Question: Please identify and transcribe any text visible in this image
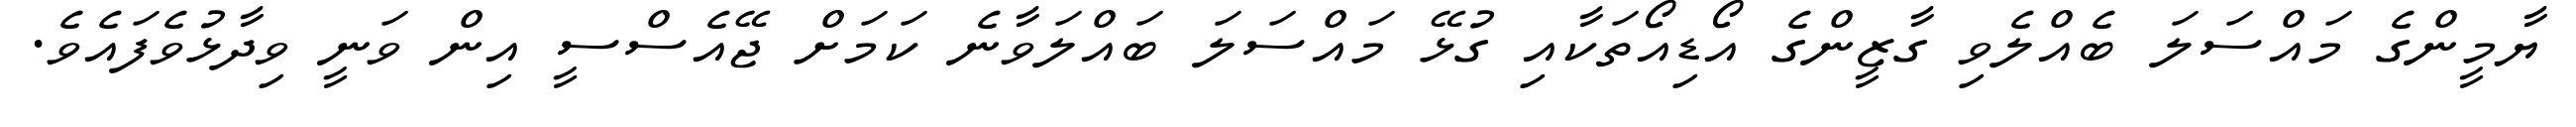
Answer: ޔާމީންގެ މައްސަލަ ބެއްލެވި ގާޒީންގެ އޯޑިއޯތަކާއި ގުޅޭ މައްސަލަ ބައްލަވާނެ ކަމަށް ޖޭއެސްސީ އިން ވަނީ ވިދާޅުވެފައެވެ.